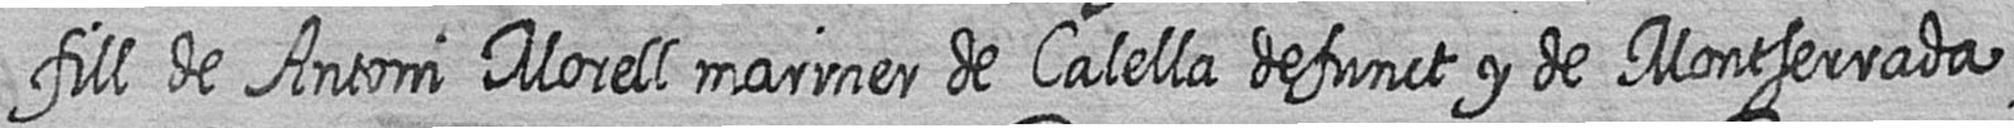
fill de Antoni Morell mariner de Calella defunct y de Montserrada